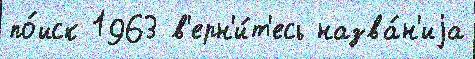
по́иск 1963 в'ерн'и́т'есь назва́н'иjа